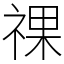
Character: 祼